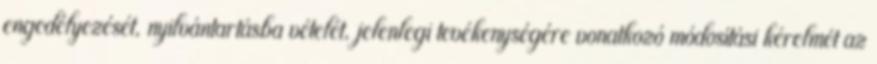
engedélyezését, nyilvántartásba vételét, jelenlegi tevékenységére vonatkozó módosítási kérelmét az